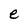
Character: e